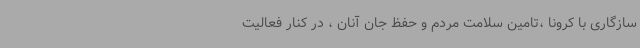
سازگاری با کرونا ،تامین سلامت مردم و حفظ جان آنان ، در کنار فعالیت